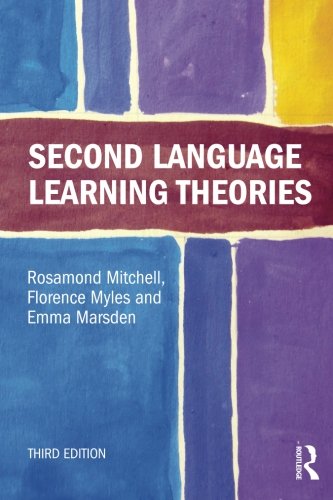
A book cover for Second Language Learning Theories; Rosamond Mitchell; Politics & Social Sciences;